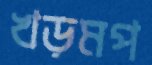
খড়মপ